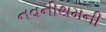
નવનીથમની